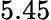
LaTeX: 5.45